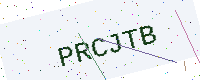
Text: PRCJTB